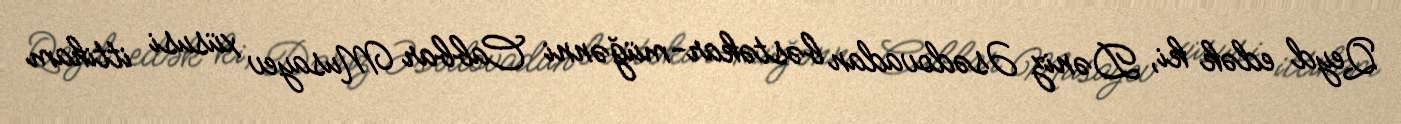
Qeyd edək ki, Dəniz Əsədovadan bəstəkar-müğənni Cabbar Musayev xüsusi ittiham